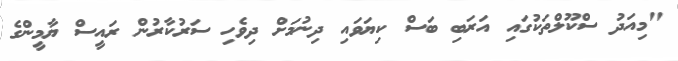
"މިއަދު ސްކޫލްތަކުގައި އަރަބި ބަސް ކިޔަވައި ދިނުމަށް ދިވެހި ސަރުކާރުން ރައީސް ޔާމީންގެ